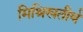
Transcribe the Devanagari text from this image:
मिश्रिखतीर्थ